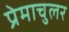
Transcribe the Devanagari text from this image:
प्रेमाचुलर